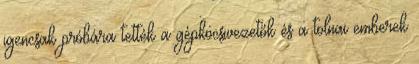
igencsak próbára tették a gépkocsivezetők és a tolnai emberek